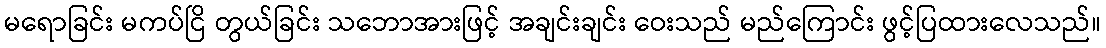
မရောခြင်း မကပ်ငြိ တွယ်ခြင်း သဘောအားဖြင့် အချင်းချင်း ဝေးသည် မည်ကြောင်း ဖွင့်ပြထားလေသည်။